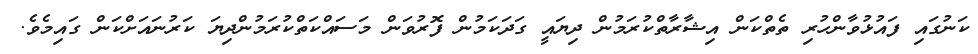
ކަނުގައި ފައުޅުވާންހުރި ތެތްކަން އިޝާރާތްކުރަމުން ދިޔައީ ގަދަކަމުން ފޮރުވަން މަސައްކަތްކުރަމުންދިޔަ ކަރުނައަށްކަން ގައިމެވެ.